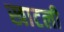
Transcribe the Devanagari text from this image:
खाटली